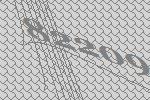
82209